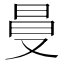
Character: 𠭒